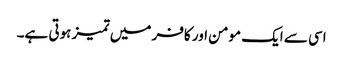
اسی سے ایک مومن اور کافر میں تمیز ہوتی ہے۔